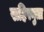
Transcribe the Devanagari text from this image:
सहिस्नुता